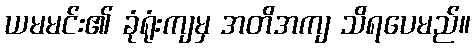
ယမမင်း၏ ခုံရုံးကျမှ အတိအကျ သိရပေမည်။